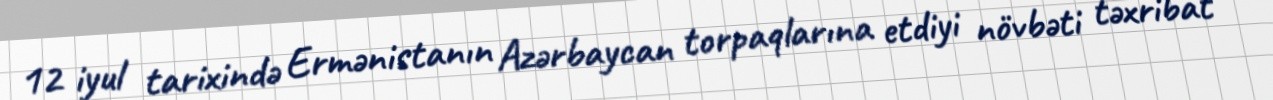
12 iyul tarixində Ermənistanın Azərbaycan torpaqlarına etdiyi növbəti təxribat